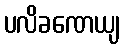
ပလိခဏေယျ